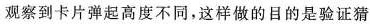
观察到卡片弹起高度不同，这样做的目的是验证猜